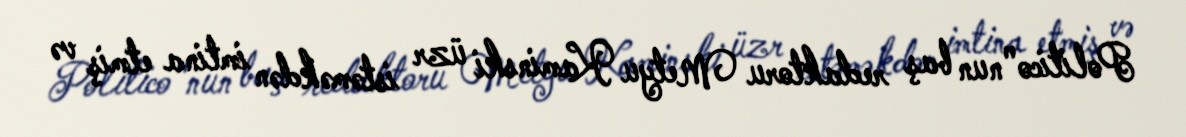
Politico"nun baş redaktoru Metyu Kaminski üzr istəməkdən imtina etmiş və